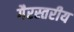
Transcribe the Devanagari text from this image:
गैरस्‍तरीय